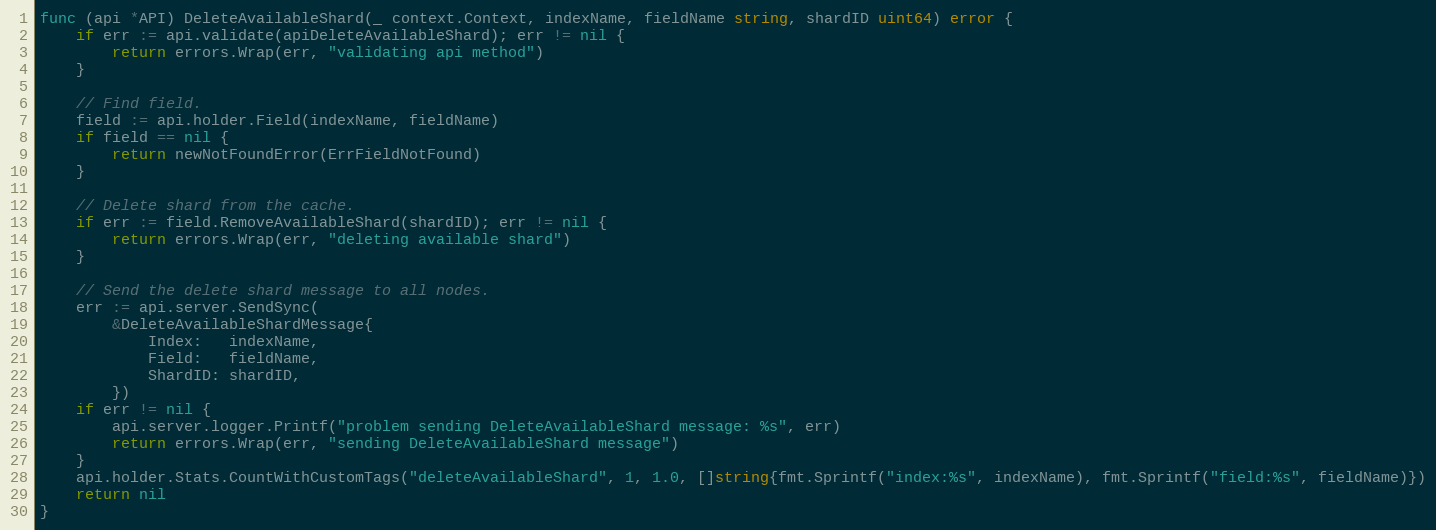
Language: Go
func (api *API) DeleteAvailableShard(_ context.Context, indexName, fieldName string, shardID uint64) error {
	if err := api.validate(apiDeleteAvailableShard); err != nil {
		return errors.Wrap(err, "validating api method")
	}

	// Find field.
	field := api.holder.Field(indexName, fieldName)
	if field == nil {
		return newNotFoundError(ErrFieldNotFound)
	}

	// Delete shard from the cache.
	if err := field.RemoveAvailableShard(shardID); err != nil {
		return errors.Wrap(err, "deleting available shard")
	}

	// Send the delete shard message to all nodes.
	err := api.server.SendSync(
		&DeleteAvailableShardMessage{
			Index:   indexName,
			Field:   fieldName,
			ShardID: shardID,
		})
	if err != nil {
		api.server.logger.Printf("problem sending DeleteAvailableShard message: %s", err)
		return errors.Wrap(err, "sending DeleteAvailableShard message")
	}
	api.holder.Stats.CountWithCustomTags("deleteAvailableShard", 1, 1.0, []string{fmt.Sprintf("index:%s", indexName), fmt.Sprintf("field:%s", fieldName)})
	return nil
}